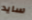
سايد